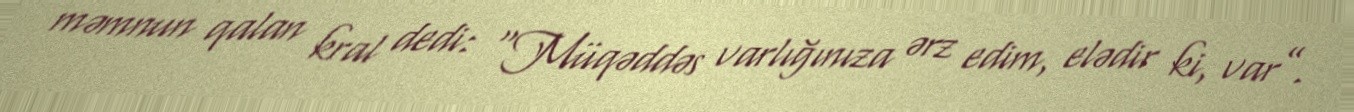
məmnun qalan kral dedi: “Müqəddəs varlığınıza ərz edim, elədir ki, var”.